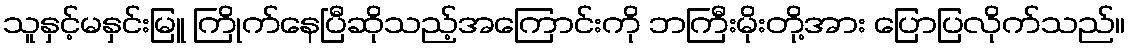
သူနှင့်မနှင်းမြူ ကြိုက်နေပြီဆိုသည့်အကြောင်းကို ဘကြီးမိုးတို့အား ပြောပြလိုက်သည်။